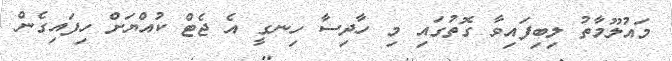
މައުލޫމާތު ލިބިފައިވާ ގޮތުގައި މި ހާދިސާ ހިނގީ އެ ޖެޓް ކުއްޔަށް ހިފައިގެން